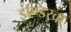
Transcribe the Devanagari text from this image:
इंण्डिखा